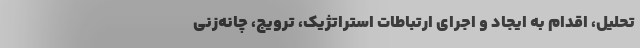
تحلیل، اقدام به ایجاد و اجرای ارتباطات استراتژیک، ترویج، چانه‌زنی